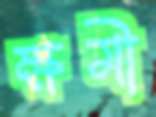
ক্ষমী